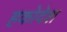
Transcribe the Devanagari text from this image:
हकोदेश